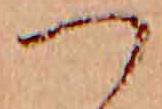
つ